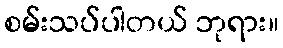
စမ်းသပ်ပါတယ် ဘုရား။